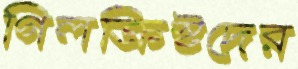
গিলক্রিস্টদের